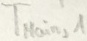
Text: TMain,1